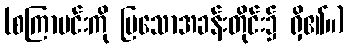
(စကြာမင်းကို ပြသောအခန်းတိုင်း၌ ရှိ၏။)